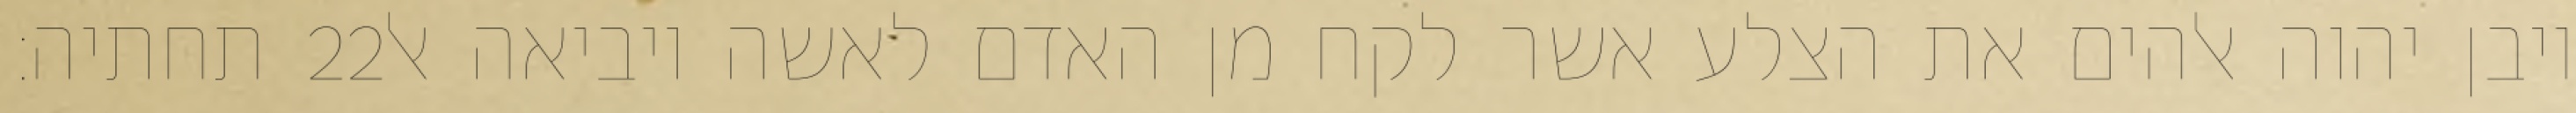
תחתיה׃ ‎22‏ ויבן יהוה אלהים את הצלע אשר לקח מן האדם לאשה ויביאה אל